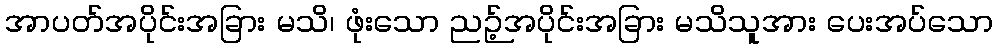
အာပတ်အပိုင်းအခြား မသိ၊ ဖုံးသော ညဉ့်အပိုင်းအခြား မသိသူအား ပေးအပ်သော